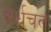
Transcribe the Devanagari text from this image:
अर्धचल